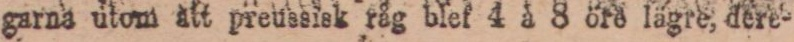
garna utom att preussisk råg blef 4 à 8 öre lägre, dere-